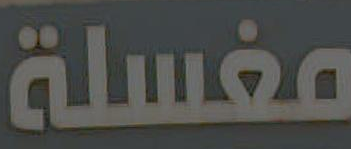
مغسلة